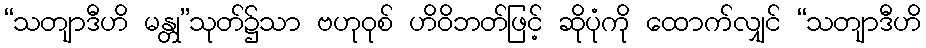
“သတျာဒီဟိ မန္တု”သုတ်၌သာ ဗဟုဝုစ် ဟိဝိဘတ်ဖြင့် ဆိုပုံကို ထောက်လျှင် “သတျာဒီဟိ